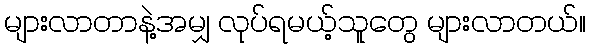
များလာတာနဲ့အမျှ လုပ်ရမယ့်သူတွေ များလာတယ်။